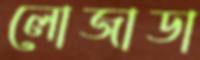
লোজাডা